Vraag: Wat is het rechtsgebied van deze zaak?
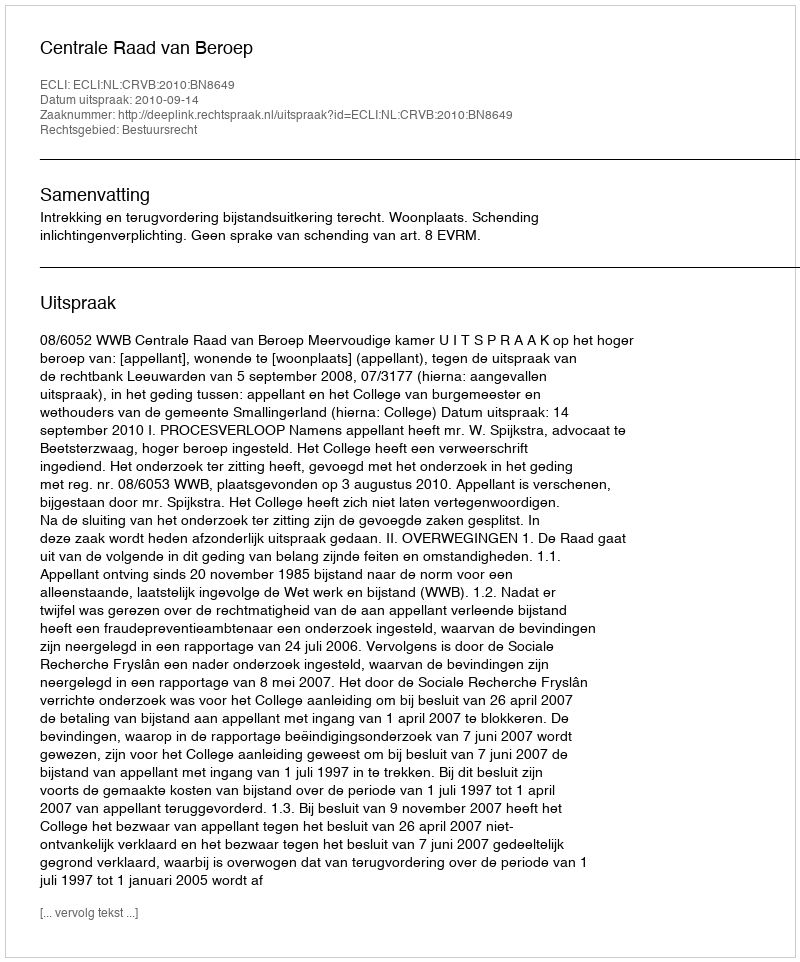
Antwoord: Bestuursrecht